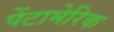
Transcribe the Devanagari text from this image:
पेंटामेरिक